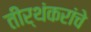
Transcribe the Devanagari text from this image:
तीर्थंकरांचे